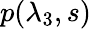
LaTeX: p(\lambda_{3},s)